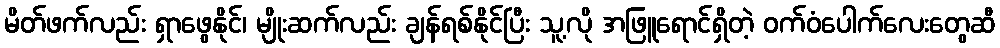
မိတ်ဖက်လည်း ရှာဖွေနိုင်၊ မျိုးဆက်လည်း ချန်ရစ်နိုင်ပြီး သူ့လို အဖြူရောင်ရှိတဲ့ ဝက်ဝံပေါက်လေးတွေဆီ